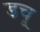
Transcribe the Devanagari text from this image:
डचू